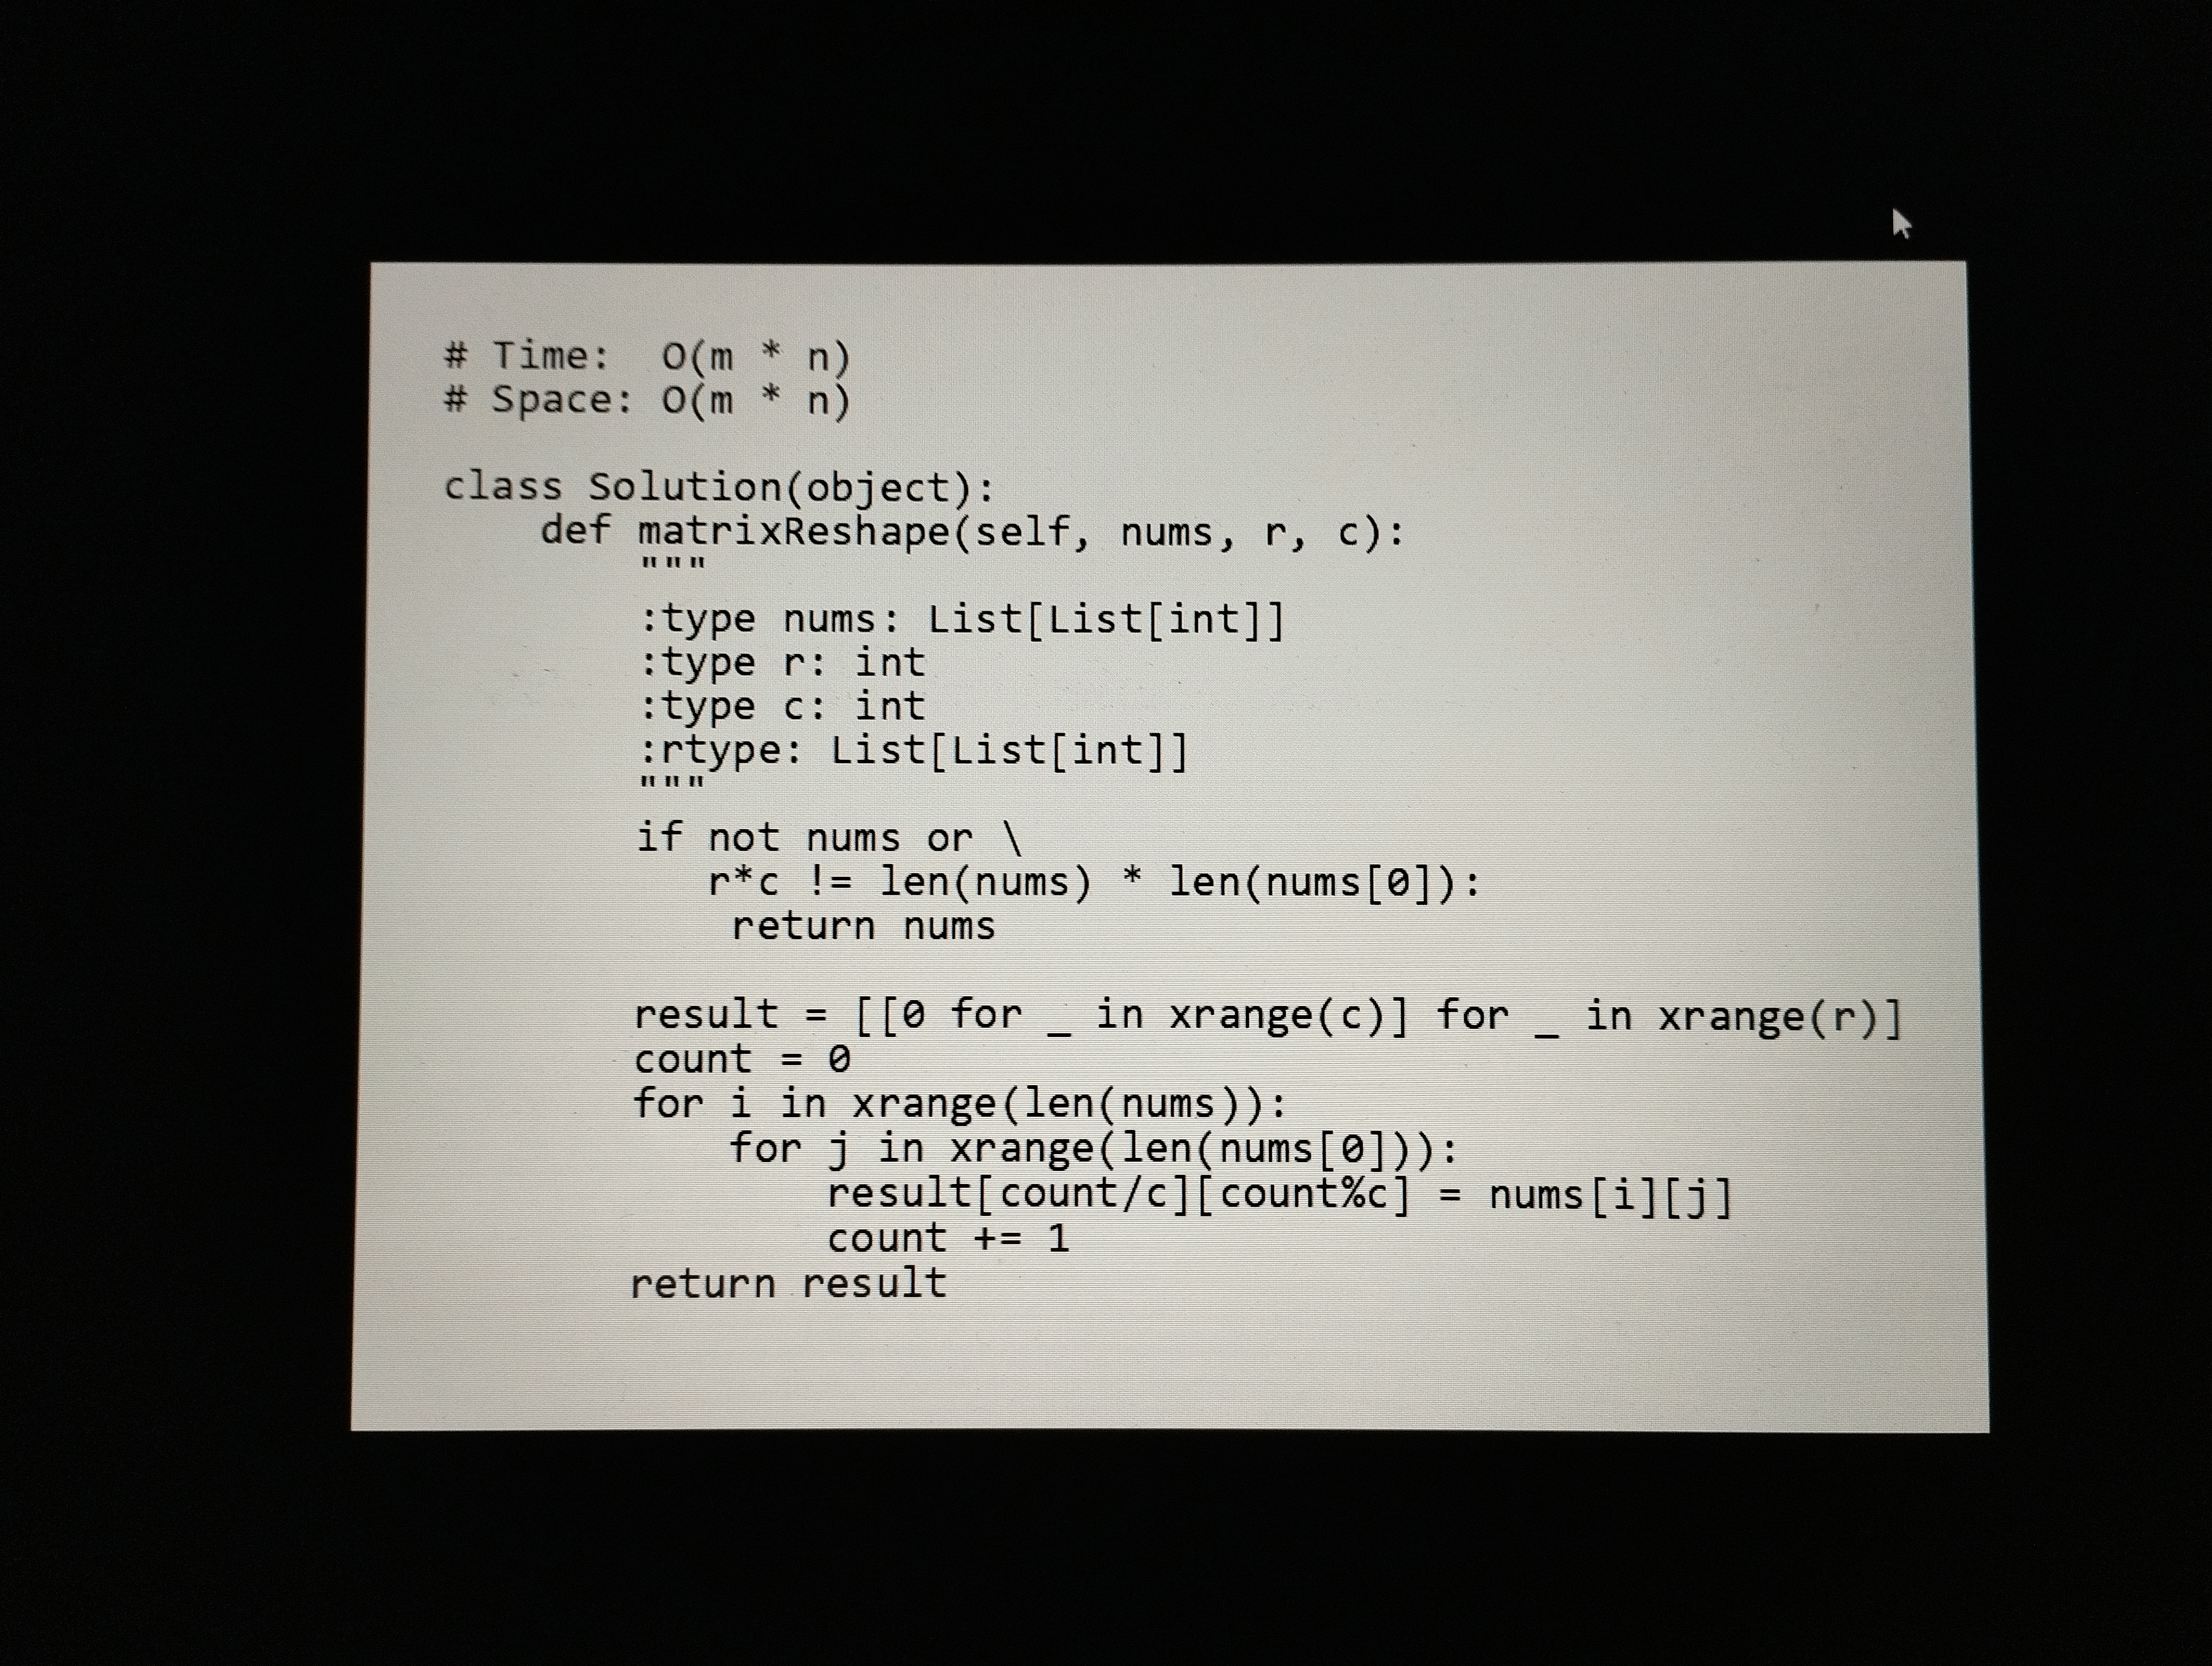
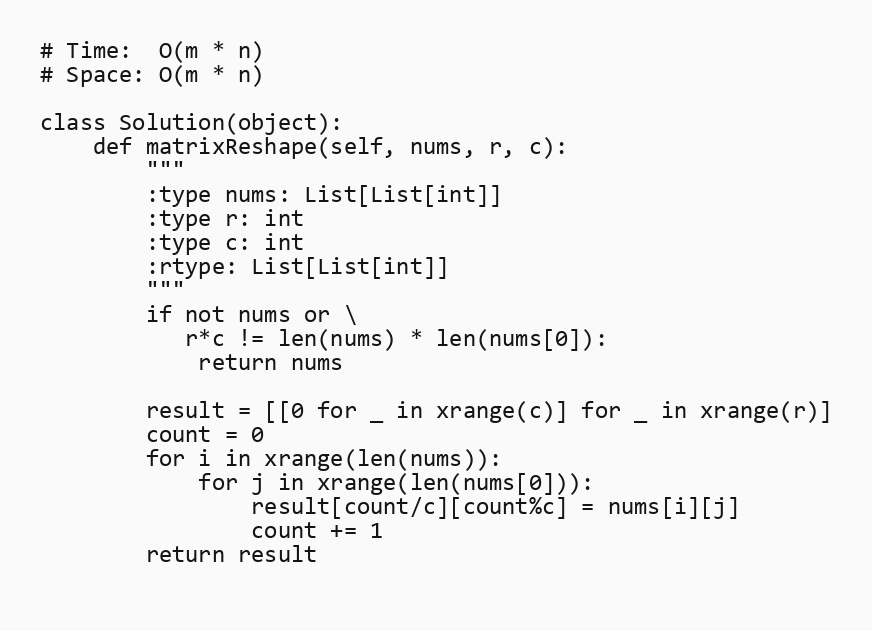
# Time:  O(m * n)
# Space: O(m * n)

class Solution(object):
    def matrixReshape(self, nums, r, c):
        """
        :type nums: List[List[int]]
        :type r: int
        :type c: int
        :rtype: List[List[int]]
        """
        if not nums or \
           r*c != len(nums) * len(nums[0]):
            return nums

        result = [[0 for _ in xrange(c)] for _ in xrange(r)]
        count = 0
        for i in xrange(len(nums)):
            for j in xrange(len(nums[0])):
                result[count/c][count%c] = nums[i][j]
                count += 1
        return result